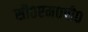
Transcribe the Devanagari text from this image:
सी०एम०पी०